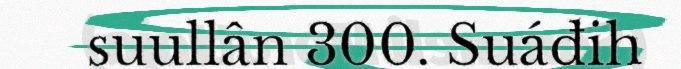
suullân 300. Suáđih